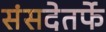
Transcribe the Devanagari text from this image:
संसदेतर्फे